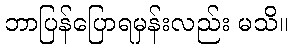
ဘာပြန်ပြောရမှန်းလည်း မသိ။